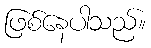
ဖြစ်နေပါသည်။